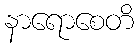
နာရောစေတိ